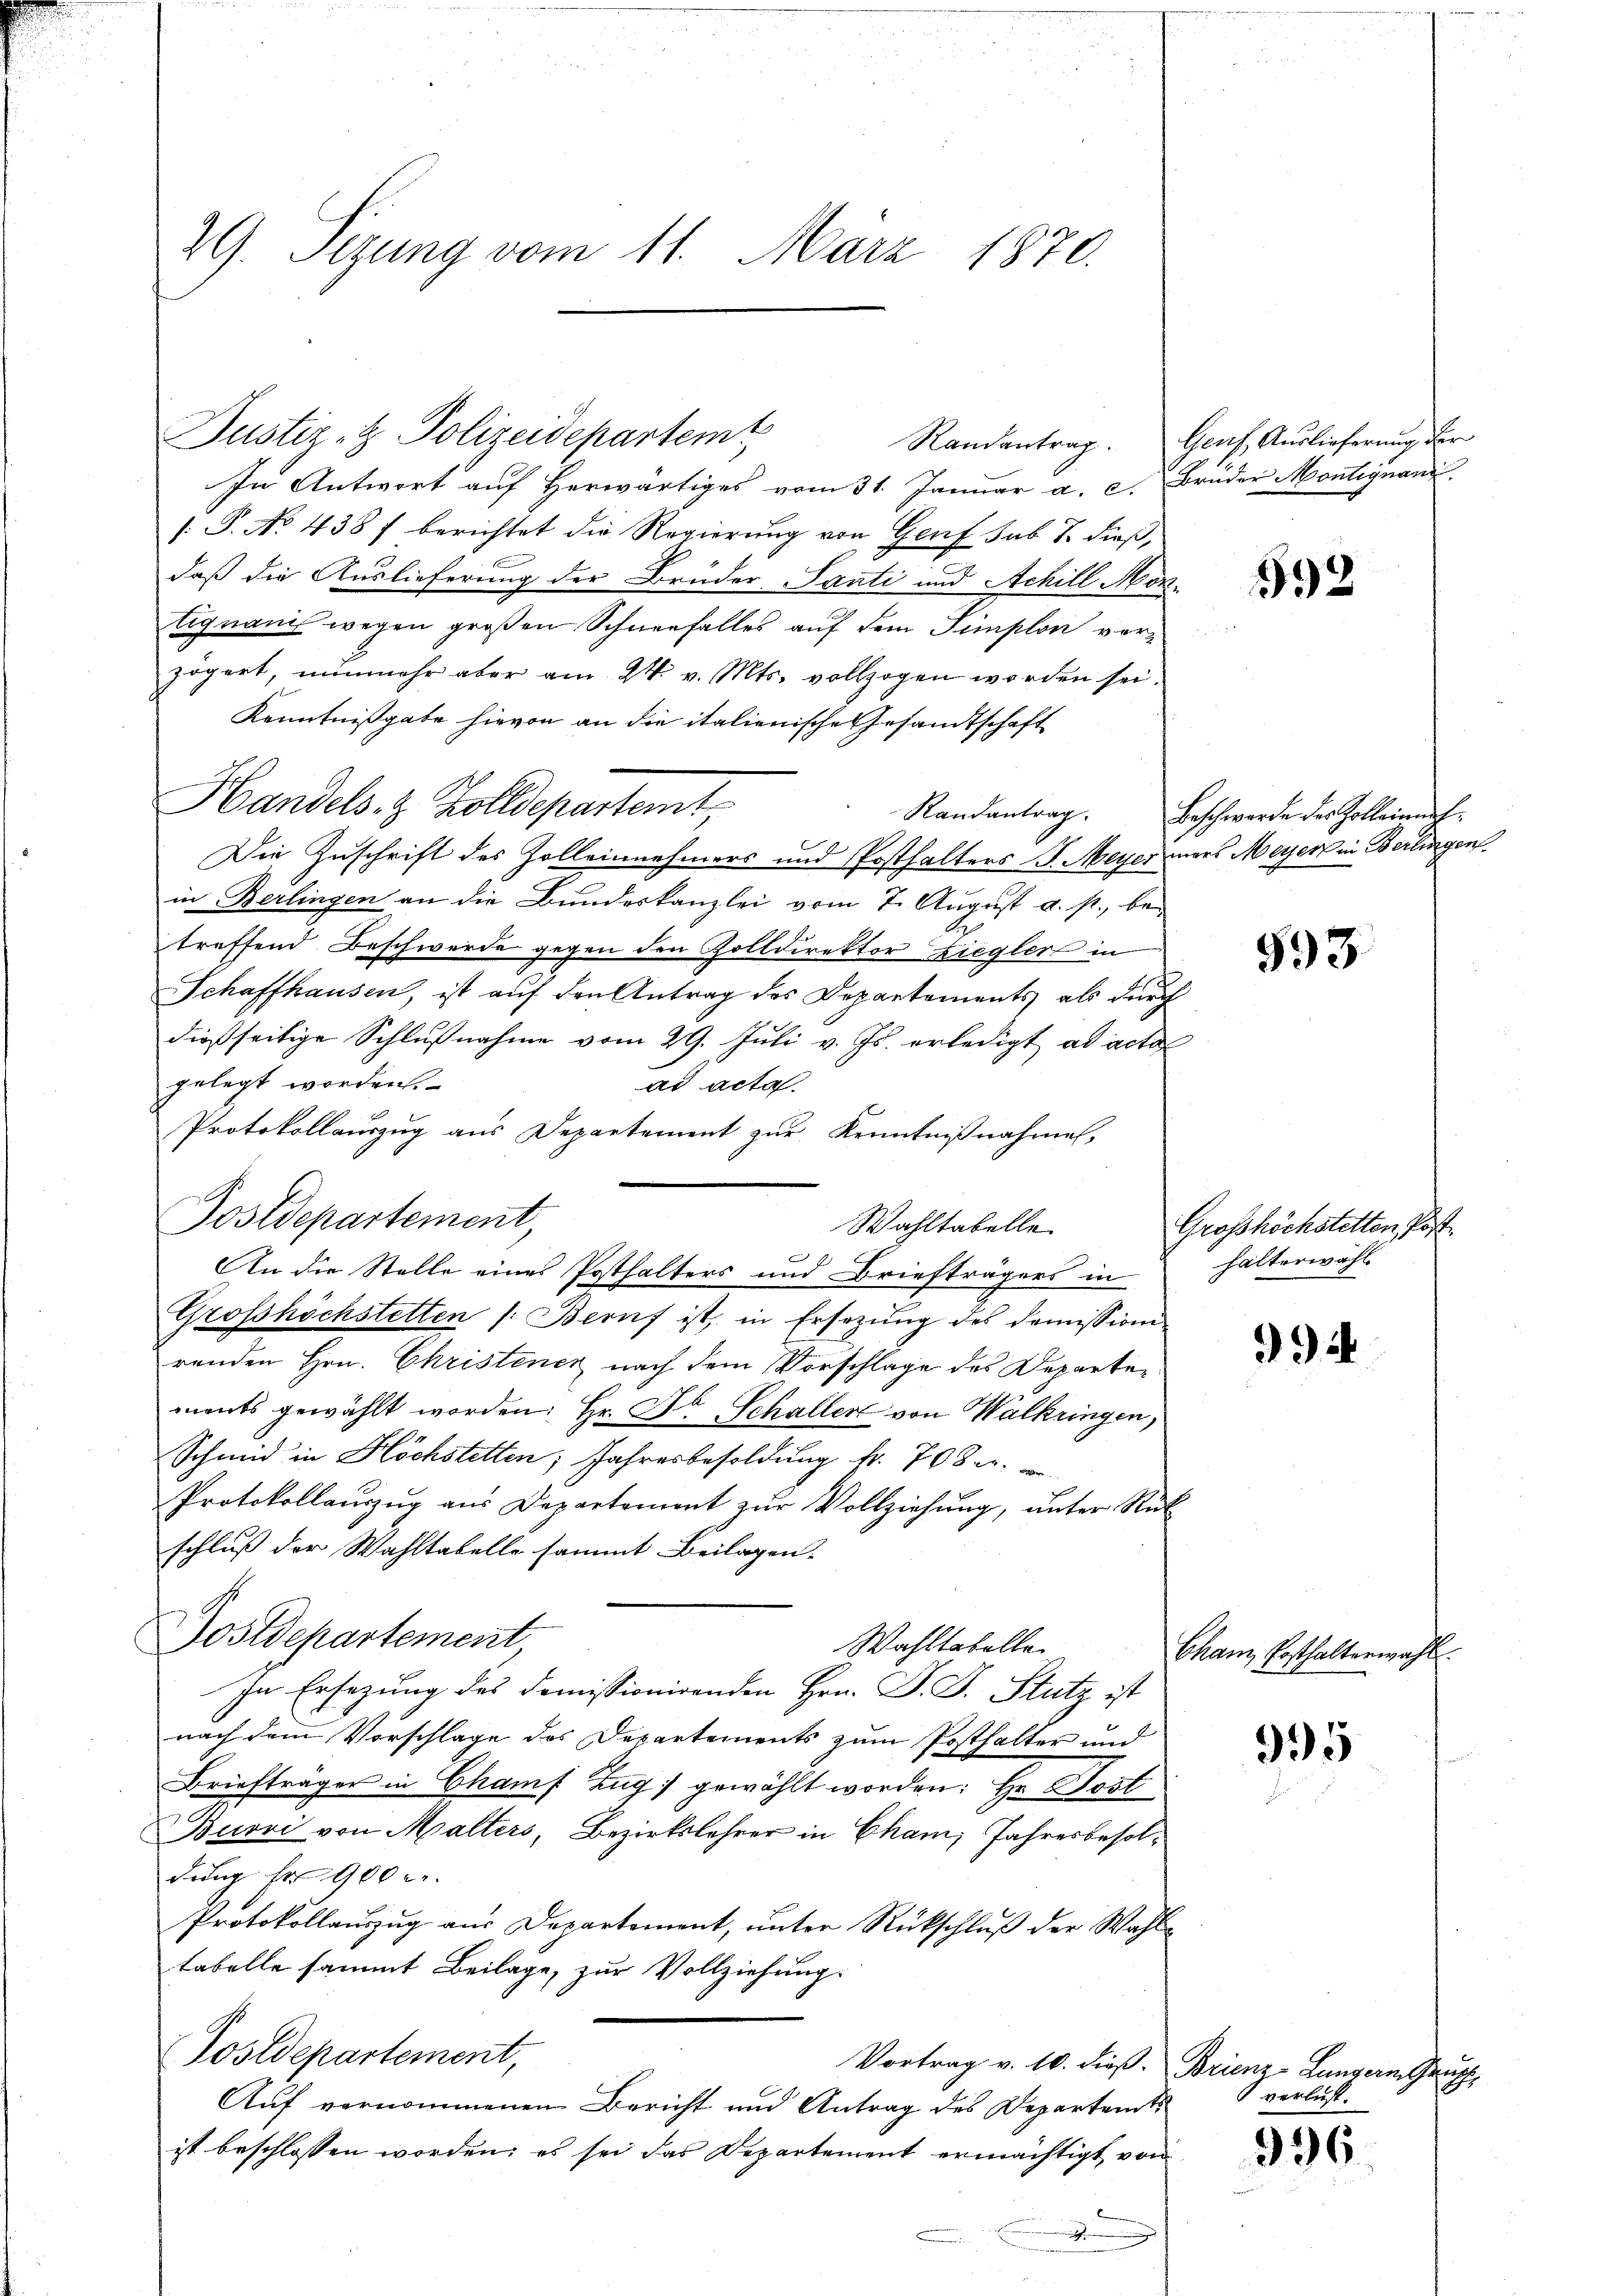
29. Sizung vom 11. März 1870.

Justiz- & Polizeidepartemt
In Antwort auf Herwärtiges vom 31. Januar a. c. Bruder Montignand
[: P. No. 438 f berichtet die Regierung von Genf sub T. dieß,
daß die Auslieferung der Brüder Santi und Achill Mortignani wegen großen Schneefalles auf dem Simplon vorzögert, nunmehr aber am 24. v. Mts. vollzogen worden sei.
Kenntnißgabe hievon an die italienische Gesandtschaft
Handels- & Zolldepartemt,
Die Zuschrift des Zolleinehmers und Posthalters J. Meyer mers Meyer in Berlingen
in Berlingen an die Bundeskanzlei vom 7. August a. p., betreffend Beschwerde gegen den Zolldirektor Ziegler in
Schaffhausen, ist auf den Antrag des Departements als durch
dießseitige Schlußnahme vom 29. Juli v. Js. erledigt ad acta
gelegt worden.
ad acta.
Protokollaŭszŭg aŭs Departement zŭr Kenntniβnahme,
Postdepartement,
Wahltabelle
An die Stelle eines Posthalters und Briefträgers in
Grosshöchstetten /: Beruf ist, in Ersetzŭng des Domission
renden Hrn. Christener nach dem Vorschlage des Departen
ments gewählt worden. Hr. Dr Schaller von Walkringen,
Schmid in Höchstetten; Jahresbesoldung Nr. 708.
Protokollaŭszŭg aŭs Departement zŭr Vollziehŭng ŭnter Rük
schluß der Wahltabelle sammt Beilagen.
Postdepartement,
Wahltabelle
In Ersezung des Domissionirenden Hrn. P. J. Stutz ist
nach dem Vorschlage des Departements zum Posthalter und
Briefträger in Chamf Zug gewählt worden: Hr. Post
Buovi von Malters, Bezirkslehrer in Cham Jahresbesoldung Fr. 900 u.
Protokollauszug aus Departement, unter Rückschluß der Wahltabelle sammt Beilage, zur Vollziehung.
(Postdepartement,
Vortrag v. 10. dieß. Brienz-Lungern Grup
Auf vernommenen Bericht und Antrag des Departamts
ist beschlossen worden; es sei das Departement ermächtigt von
.

Randantrag. Genf Auslieferung der

592

Randantrag. Beschwerde des Zolleinauf¬

593

Grosshöchstetten Post.
halterwahl

94

Cham Posthalterwag

995

verlust.

936.